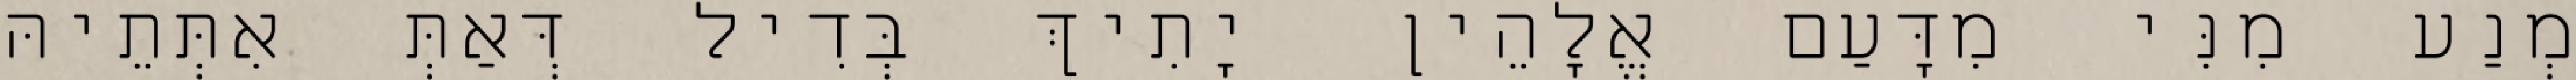
מְנַע מִנִּי מִדָּעַם אֱלָהֵין יָתִיךְ בְּדִיל דְּאַתְּ אִתְּתֵיהּ